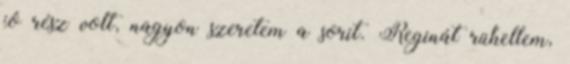
jó rész volt, nagyon szeretem a sorit. Reginát rühellem,